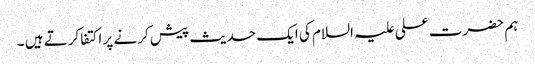
ہم حضرت علی علیہ السلام کی ایک حدیث پیش کرنے پر اکتفا کرتے ہیں ۔